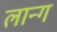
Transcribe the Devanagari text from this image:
लान्ग